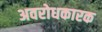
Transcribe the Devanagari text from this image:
अवरोधकारक